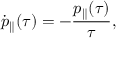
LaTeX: \dot { p } _ { \parallel } ( \tau ) = - { \frac { p _ { \parallel } ( \tau ) } { \tau } } ,